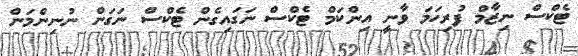
ޓެކްސް ނިޒާމް ފުރިހަމަ ވާނީ އިންކަމް ޓެކްސް ނަގައިގެން ޓެކްސް ނަގަން ނުނިންމަން